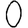
Digit: 0